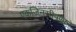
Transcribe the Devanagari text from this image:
एकजिनसीपणाने